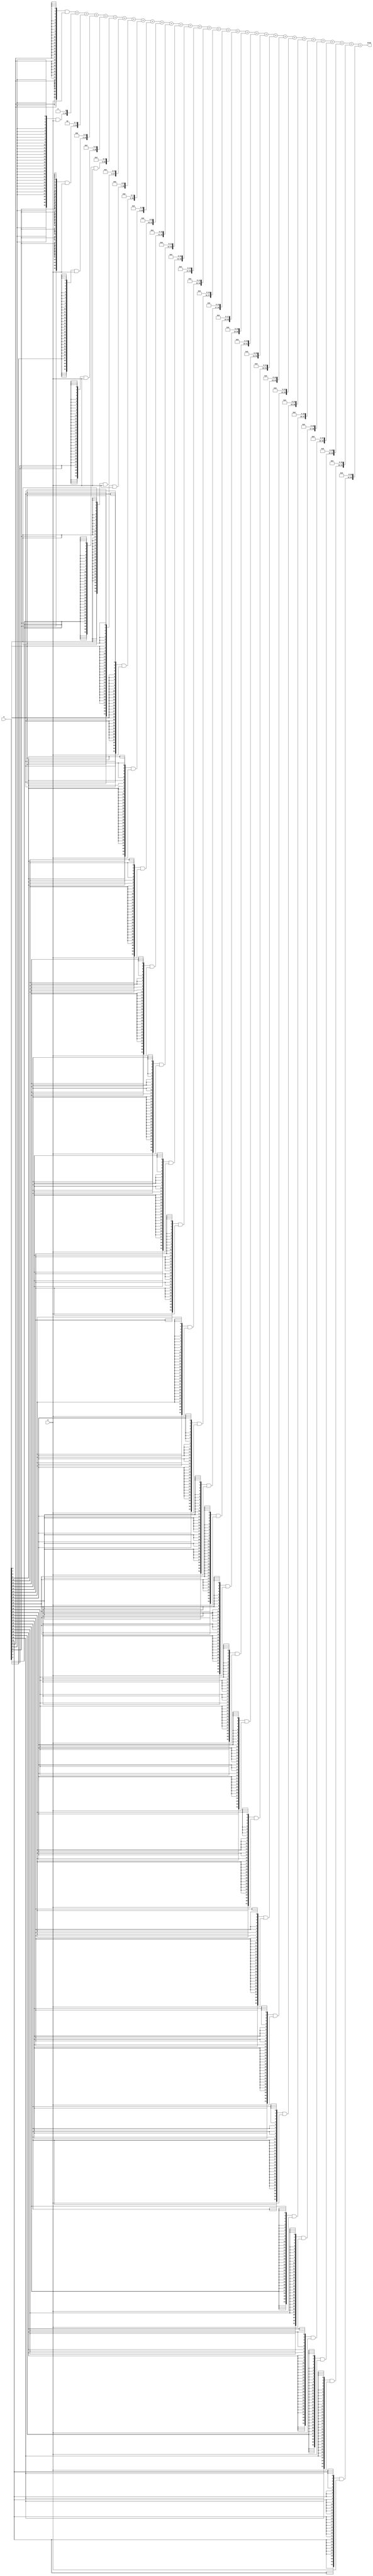
module mult_32b(input [31:0] a, b, output [63:0] prod);
	wire [31:0] m [31:0];
	
	wire [63:0] s [30:0];
	
	genvar j;
	generate
		for(j=0; j<32; j = j+1) begin
			assign m[j] = {32{a[j]}}&b[31:0];
		end
	endgenerate
	assign s[0] = m[0] + (m[1]<<1);
	generate
		for(j=1; j<31; j = j+1) begin
			assign s[j] = s[j-1] + (m[j+1]<<(j+1));
		end
	endgenerate
	assign prod = s[30];
endmodule